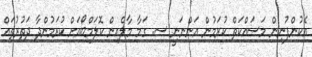
އެކުންފުނިން މަސައްކަތް ކުރަމުން އަންނަނީ ސ. ގަމާ މާލެއިން ކޮލަމްބޯއަށް ކުރަމުންދާ ދަތުރުތައް